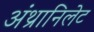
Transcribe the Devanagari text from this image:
अंथ्रानिलेट